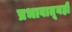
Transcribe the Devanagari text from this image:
प्रभावातूनही